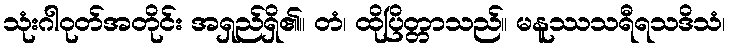
သုံးဂါဝုတ်အတိုင်း အရှည်ရှိ၏။ တံ၊ ထိုပြိတ္တာသည်။ မနူဿသရီရသဒိသံ၊